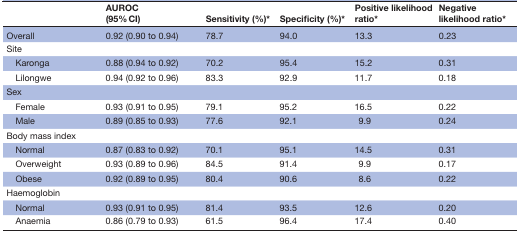
<table><thead><tr><td></td><td><b>AUROC (95% CI)</b></td><td><b>Sensitivity (%)*</b></td><td><b>Specificity (%)*</b></td><td><b>Positive likelihood ratio*</b></td><td><b>Negative likelihood ratio*</b></td></tr></thead><tbody><tr><td>Overall</td><td>0.92 (0.90 to 0.94)</td><td>78.7</td><td>94.0</td><td>13.3</td><td>0.23</td></tr><tr><td colspan="6">Site</td></tr><tr><td> Karonga</td><td>0.88 (0.94 to 0.92)</td><td>70.2</td><td>95.4</td><td>15.2</td><td>0.31</td></tr><tr><td> Lilongwe</td><td>0.94 (0.92 to 0.96)</td><td>83.3</td><td>92.9</td><td>11.7</td><td>0.18</td></tr><tr><td colspan="6">Sex</td></tr><tr><td> Female</td><td>0.93 (0.91 to 0.95)</td><td>79.1</td><td>95.2</td><td>16.5</td><td>0.22</td></tr><tr><td> Male</td><td>0.89 (0.85 to 0.93)</td><td>77.6</td><td>92.1</td><td>9.9</td><td>0.24</td></tr><tr><td colspan="6">Body mass index</td></tr><tr><td> Normal</td><td>0.87 (0.83 to 0.92)</td><td>70.1</td><td>95.1</td><td>14.5</td><td>0.31</td></tr><tr><td> Overweight</td><td>0.93 (0.89 to 0.96)</td><td>84.5</td><td>91.4</td><td>9.9</td><td>0.17</td></tr><tr><td> Obese</td><td>0.92 (0.89 to 0.95)</td><td>80.4</td><td>90.6</td><td>8.6</td><td>0.22</td></tr><tr><td colspan="6">Haemoglobin</td></tr><tr><td> Normal</td><td>0.93 (0.91 to 0.95)</td><td>81.4</td><td>93.5</td><td>12.6</td><td>0.20</td></tr><tr><td> Anaemia</td><td>0.86 (0.79 to 0.93)</td><td>61.5</td><td>96.4</td><td>17.4</td><td>0.40</td></tr></tbody></table>